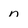
Character: n